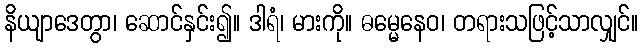
နိယျာဒေတွာ၊ ဆောင်နှင်း၍။ ဒါရံ၊ မားကို။ ဓမ္မေနေဝ၊ တရားသဖြင့်သာလျှင်။